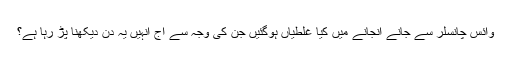
وائس چانسلر سے جانے انجانے میں کیا غلطیاں ہوگئیں جن کی وجہ سے آج انہیں یہ دن دیکھنا پڑ رہا ہے؟